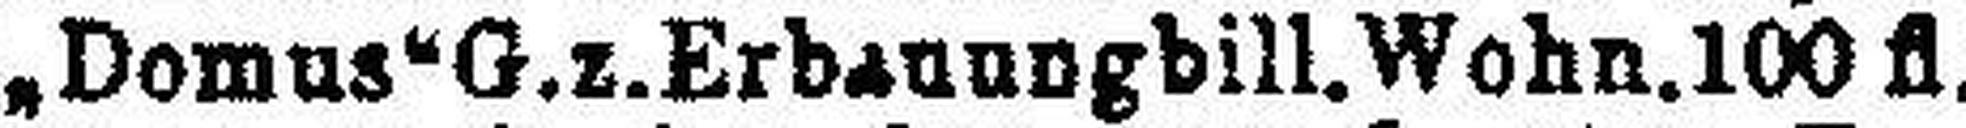
„Domus“ G.z.Erbanungbill. Wohn. 100 fl.